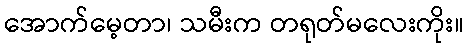
အောက်မေ့တာ၊ သမီးက တရုတ်မလေးကိုး။